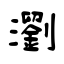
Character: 瀏